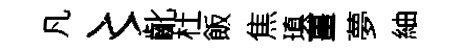
凡〻齔杜飯焦瑱薑夢紬